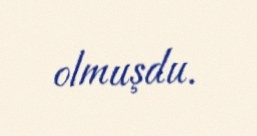
olmuşdu.